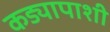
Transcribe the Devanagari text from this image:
कड्यापाशी